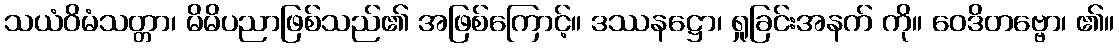
သယံဝိမံသတ္တာ၊ မိမိပညာဖြစ်သည်၏ အဖြစ်ကြောင့်။ ဒဿနဋ္ဌော၊ ရှုခြင်းအနက် ကို။ ဝေဒိတဗ္ဗော၊ ၏။